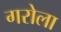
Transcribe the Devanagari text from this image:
गरोला